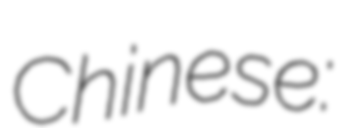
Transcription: Chinese: